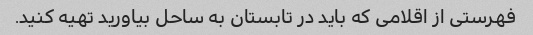
فهرستی از اقلامی که باید در تابستان به ساحل بیاورید تهیه کنید.